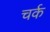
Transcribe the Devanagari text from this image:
चर्क